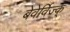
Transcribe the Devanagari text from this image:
बेवेर्विज्क्